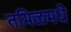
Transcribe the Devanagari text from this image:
तमिळमधे